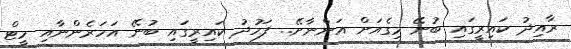
ރާއިދު ކައިރީގައި ބުނޭ މިގެއަށް އަންނާށޭ.. ފަހުދު ކައިރީގައި ބުނޭ އަހަރެންނާއި މީޓް